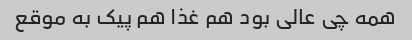
همه چی عالی بود هم غذا هم پیک به موقع